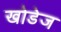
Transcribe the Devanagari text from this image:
खोडेज